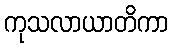
ကုသလာယာတိကာ